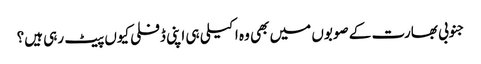
جنوبی بھارت کے صوبوں میں بھی وہ اکیلی ہی اپنی ڈفلی کیوں پیٹ رہی ہیں؟